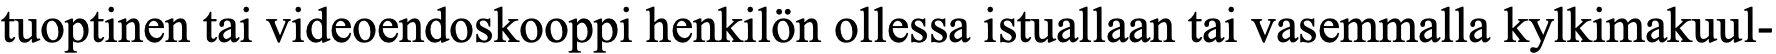
tuoptinen tai videoendoskooppi henkilön ollessa istuallaan tai vasemmalla kylkimakuul-